Reports on dispensaries and lunatic asylums in the Province of Oudh - 1869-1876
Year: 1869
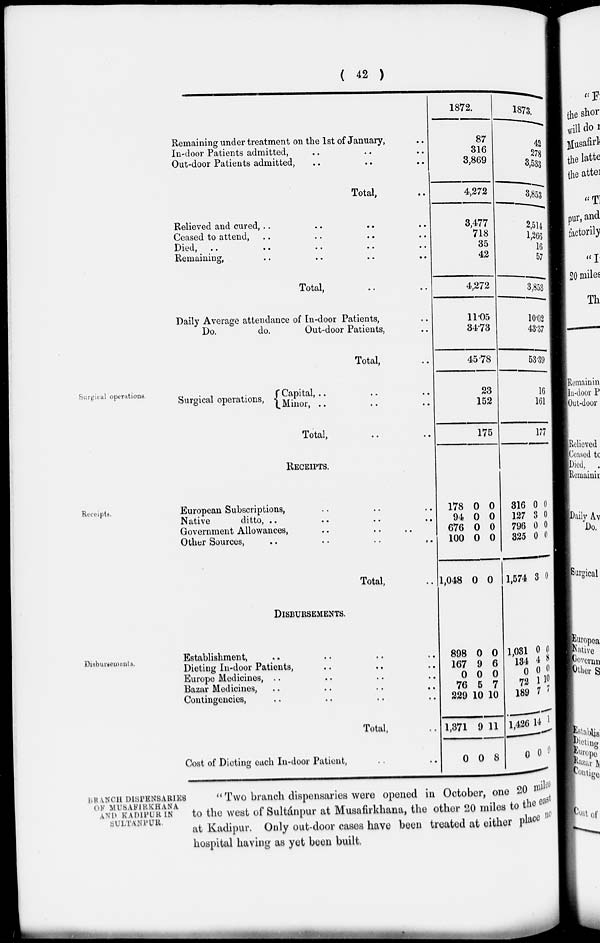
( 42 )
Remaining under treatment on the 1st of January, ..
In-door Patients admitted, .. .. ..
Out-door Patients admitted, .. .. ..
Total, ..
Relieved and cured, .. .. .. ..
Ceased to attend, .. .. .. ..
Died, .. .. .. .. ..
Remaining, .. .. .. ..
Total, .. ..
Daily Average attendance of In-door Patients, ..
Do.
do.
Out-door Patients, ..
Total, ..
1872.
87
316
3,869
4,272
3,477
718
35
42
4,272
11.05
34.73
45.78
1873.
42
278
3,533
3,853
2,514
l,266
16
57
3,853
10.02
43.37
53.39
Surgical operations.
Surgical operations,
Capital, .. .. ..
Minor, .. .. ..
Total, .. ..
23
152
175
16
161
177
Receipts.
RECEIPTS.
European Subscriptions, .. .. ..
Native
ditto, .. .. .. ..
Government Allowances, .. .. ..
Other Sources, .. .. .. ..
Total, ..
178
94
676
100
1,048
0
0
0
0
0
0
0
0
0
0
316
127
796
325
1,574
0
3
0
0
3
0
0
0
0
0
Disbursements.
DISBURSEMENTS.
Establishment, .. .. .. ..
Dieting In-door Patients, .. .. ..
Europe Medicines, .. .. .. ..
Bazar Medicines, .. .. .. ..
Contingencies, .. .. .. ..
Total, ..
Cost of Dieting each In-door Patient, .. ..
898
167
0
76
229
1,371
0
0
9
0
5
10
9
0
0
6
0
7
10
11
8
1,031
134
0
72
189
1,426
0
0
4
0
1
7
14
0
0
8
0
10
7
1
9
BRANCH DISPENSARIES
OF MUSAFIRKHANA
AND KADIPUR IN
SULTANPUR.
" Two branch dispensaries were opened in October, one 20 miles
to the west of Sultánpur at Musafirkhana, the other 20 miles to the east
at Kadipur. Only out-door cases have been treated at either place no
hospital having as yet been built.